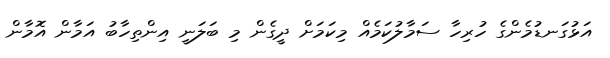
އަޅުގަނޑުމެންގެ ހުރިހާ ސަމާލުކަމެއް މިކަމަށް ދީގެން މި ބަލަނީ އިންތިހާބު އަމާން އޮމާން